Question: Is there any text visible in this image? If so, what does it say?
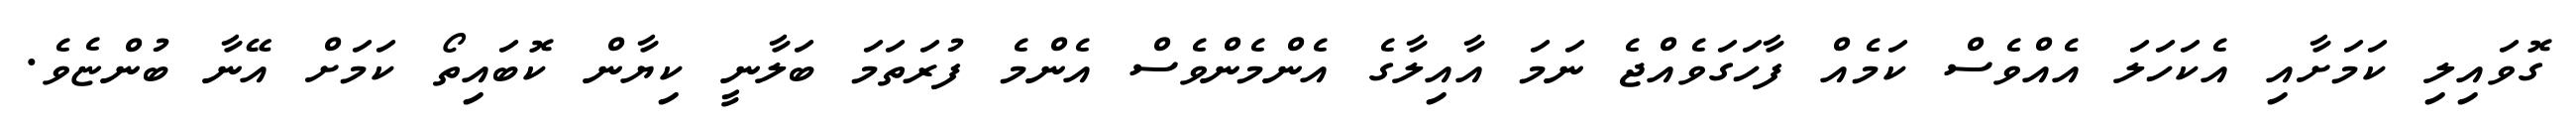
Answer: ގޮވައިލި ކަމަށާއި އެކަހަލަ އެއްވެސް ކަމެއް ފާހަގަވެއްޖެ ނަމަ އާއިލާގެ އެންމެންވެސް އެންމެ ފުރަތަމަ ބަލާނީ ކިޔާން ކޮބައިތޯ ކަމަށް އޭނާ ބުންޏެވެ.